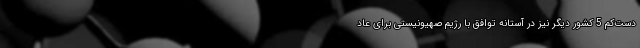
دست‌کم 5 کشور دیگر نیز در آستانه توافق با رژیم صهیونیستی برای عاد